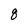
Character: U